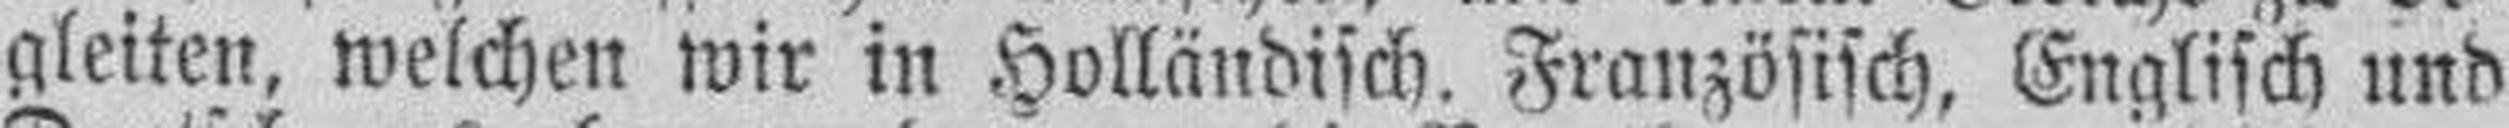
gleiten, welchen wir in Holländisch, Französisch, Englisch und